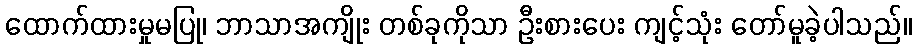
ထောက်ထားမှုမပြု၊ ဘာသာအကျိုး တစ်ခုကိုသာ ဦးစားပေး ကျင့်သုံး တော်မူခဲ့ပါသည်။